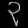
Digit: ၃